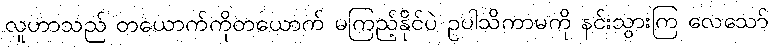
လူဟာသည် တယောက်ကိုတယောက် မကြည့်နိုင်ပဲ ဥပါသိကာမကို နင်းသွားကြ လေသော်